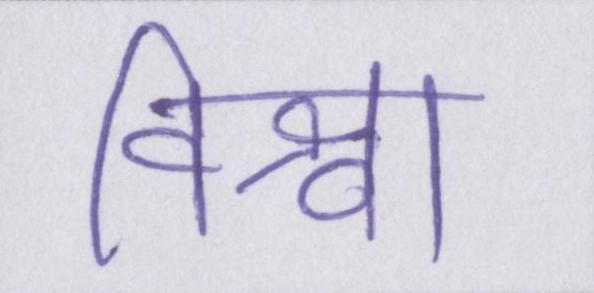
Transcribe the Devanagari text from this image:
विश्वा